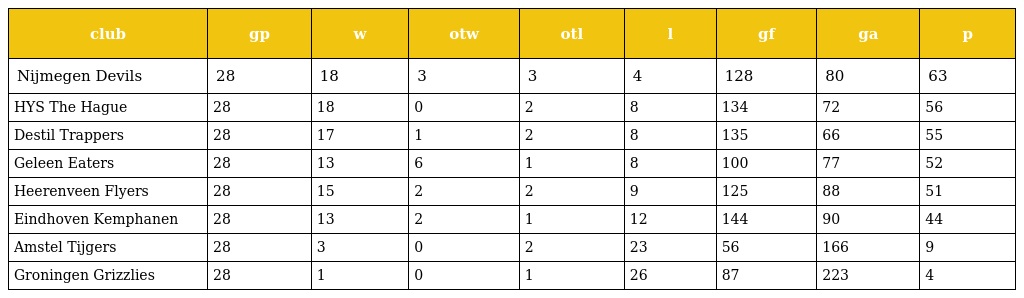
| club | gp | w | otw | otl | l | gf | ga | p |
 | --- | --- | --- | --- | --- | --- | --- | --- | --- |
 | Nijmegen Devils | 28 | 18 | 3 | 3 | 4 | 128 | 80 | 63 |
 | HYS The Hague | 28 | 18 | 0 | 2 | 8 | 134 | 72 | 56 |
 | Destil Trappers | 28 | 17 | 1 | 2 | 8 | 135 | 66 | 55 |
 | Geleen Eaters | 28 | 13 | 6 | 1 | 8 | 100 | 77 | 52 |
 | Heerenveen Flyers | 28 | 15 | 2 | 2 | 9 | 125 | 88 | 51 |
 | Eindhoven Kemphanen | 28 | 13 | 2 | 1 | 12 | 144 | 90 | 44 |
 | Amstel Tijgers | 28 | 3 | 0 | 2 | 23 | 56 | 166 | 9 |
 | Groningen Grizzlies | 28 | 1 | 0 | 1 | 26 | 87 | 223 | 4 |